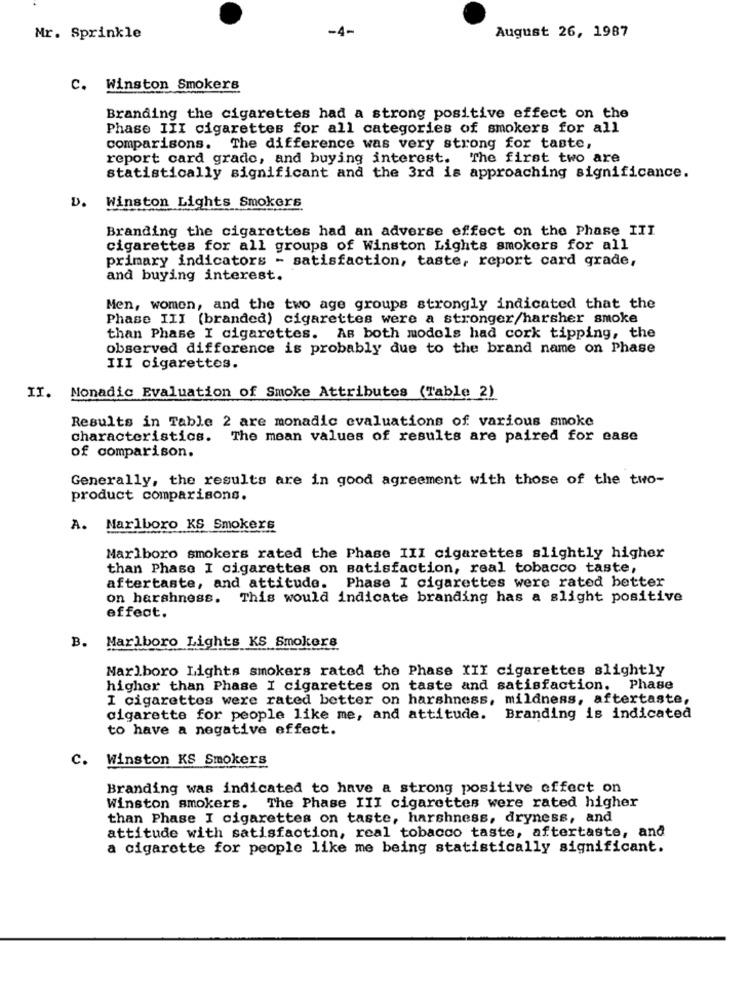
-4-
August 26, 1987
Mr. Sprinkle
C. Winston Smokers
Branding the cigarettes had a strong positive effect on the
Phase III cigarettes for all categories of smokers for all
comparisons. The difference was very strong for taste,
report card grade, and buying interest. The first two are
statistically significant and the 3rd is approaching significance.
D. Winston Lights Smokers
Branding the cigarettes had an adverse effect on the Phase III
cigarettes for all groups of Winston Lights smokers for all
primary indicators - satisfaction, taste, report card grade,
and buying interest.
Men, women, and the two age groups strongly indicated that the
Phase III (branded) cigarettes were a stronger/harsher smoke
than Phase I cigarettes. As both models had cork tipping, the
observed difference is probably due to the brand name on Phase
III cigarettes.
II. Monadic Evaluation of Smoke Attributes (Table 2)
Results in Table 2 are monadic evaluations of various smoke
characteristics. The mean values of results are paired for ease
of comparison.
Generally, the results are in good agreement with those of the two-
product comparisons.
A. Marlboro KS Smokers
Marlboro smokers rated the Phase III cigarettes slightly higher
than Phase I cigarettes on satisfaction, real tobacco taste,
aftertaste, and attitude. Phase I cigarettes were rated better
on harshness. This would indicate branding has a slight positive
effeat.
B. Marlboro Lights KS Smokers
Marlboro Lights smokers rated the Phase III cigarettes slightly
higher than Phase I cigarettes on taste and satisfaction. Phase
I cigarettes were rated better on harshness, mildness, aftertaste,
cigarette for people like me, and attitude. Branding is indicated
to have a negative effect.
C. Winston KS Smokers
Branding was indicated to have a strong positive effect on
Winston smokers. The Phase III cigarettes were rated higher
than Phase I cigarettes on taste, harshness, dryness, and
attitude with satisfaction, real tobacco taste, aftertaste, and
a cigarette for people like me being statistically significant.